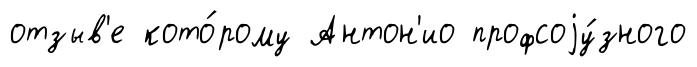
отзыв'е кото́рому Антон'ио профсоjу́зного